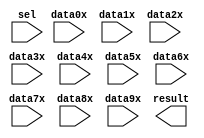
// megafunction wizard: %LPM_MUX%VBB%
// GENERATION: STANDARD
// VERSION: WM1.0
// MODULE: lpm_mux 

// ============================================================
// Megafunction Name(s):
// 			lpm_mux
//
// Simulation Library Files(s):
// 			lpm
// ============================================================
// ************************************************************
// THIS IS A WIZARD-GENERATED FILE. DO NOT EDIT THIS FILE!
//
// 8.1 Build 163 10/28/2008 SJ Full Version
// ************************************************************

//Copyright (C) 1991-2008 Altera Corporation
//Your use of Altera Corporation's design tools, logic functions 
//and other software and tools, and its AMPP partner logic 
//functions, and any output files from any of the foregoing 
//(including device programming or simulation files), and any 
//associated documentation or information are expressly subject 
//to the terms and conditions of the Altera Program License 
//Subscription Agreement, Altera MegaCore Function License 
//Agreement, or other applicable license agreement, including, 
//without limitation, that your use is for the sole purpose of 
//programming logic devices manufactured by Altera and sold by 
//Altera or its authorized distributors.  Please refer to the 
//applicable agreement for further details.

module lpm_mux0 (
	data0x,
	data1x,
	data2x,
	data3x,
	data4x,
	data5x,
	data6x,
	data7x,
	data8x,
	data9x,
	sel,
	result);

	input	[3:0]  data0x;
	input	[3:0]  data1x;
	input	[3:0]  data2x;
	input	[3:0]  data3x;
	input	[3:0]  data4x;
	input	[3:0]  data5x;
	input	[3:0]  data6x;
	input	[3:0]  data7x;
	input	[3:0]  data8x;
	input	[3:0]  data9x;
	input	[3:0]  sel;
	output	[3:0]  result;

endmodule

// ============================================================
// CNX file retrieval info
// ============================================================
// Retrieval info: PRIVATE: INTENDED_DEVICE_FAMILY STRING "FLEX10K"
// Retrieval info: PRIVATE: SYNTH_WRAPPER_GEN_POSTFIX STRING "0"
// Retrieval info: CONSTANT: LPM_SIZE NUMERIC "10"
// Retrieval info: CONSTANT: LPM_TYPE STRING "LPM_MUX"
// Retrieval info: CONSTANT: LPM_WIDTH NUMERIC "4"
// Retrieval info: CONSTANT: LPM_WIDTHS NUMERIC "4"
// Retrieval info: USED_PORT: data0x 0 0 4 0 INPUT NODEFVAL data0x[3..0]
// Retrieval info: USED_PORT: data1x 0 0 4 0 INPUT NODEFVAL data1x[3..0]
// Retrieval info: USED_PORT: data2x 0 0 4 0 INPUT NODEFVAL data2x[3..0]
// Retrieval info: USED_PORT: data3x 0 0 4 0 INPUT NODEFVAL data3x[3..0]
// Retrieval info: USED_PORT: data4x 0 0 4 0 INPUT NODEFVAL data4x[3..0]
// Retrieval info: USED_PORT: data5x 0 0 4 0 INPUT NODEFVAL data5x[3..0]
// Retrieval info: USED_PORT: data6x 0 0 4 0 INPUT NODEFVAL data6x[3..0]
// Retrieval info: USED_PORT: data7x 0 0 4 0 INPUT NODEFVAL data7x[3..0]
// Retrieval info: USED_PORT: data8x 0 0 4 0 INPUT NODEFVAL data8x[3..0]
// Retrieval info: USED_PORT: data9x 0 0 4 0 INPUT NODEFVAL data9x[3..0]
// Retrieval info: USED_PORT: result 0 0 4 0 OUTPUT NODEFVAL result[3..0]
// Retrieval info: USED_PORT: sel 0 0 4 0 INPUT NODEFVAL sel[3..0]
// Retrieval info: CONNECT: result 0 0 4 0 @result 0 0 4 0
// Retrieval info: CONNECT: @data 0 0 4 36 data9x 0 0 4 0
// Retrieval info: CONNECT: @data 0 0 4 32 data8x 0 0 4 0
// Retrieval info: CONNECT: @data 0 0 4 28 data7x 0 0 4 0
// Retrieval info: CONNECT: @data 0 0 4 24 data6x 0 0 4 0
// Retrieval info: CONNECT: @data 0 0 4 20 data5x 0 0 4 0
// Retrieval info: CONNECT: @data 0 0 4 16 data4x 0 0 4 0
// Retrieval info: CONNECT: @data 0 0 4 12 data3x 0 0 4 0
// Retrieval info: CONNECT: @data 0 0 4 8 data2x 0 0 4 0
// Retrieval info: CONNECT: @data 0 0 4 4 data1x 0 0 4 0
// Retrieval info: CONNECT: @data 0 0 4 0 data0x 0 0 4 0
// Retrieval info: CONNECT: @sel 0 0 4 0 sel 0 0 4 0
// Retrieval info: LIBRARY: lpm lpm.lpm_components.all
// Retrieval info: GEN_FILE: TYPE_NORMAL lpm_mux0.v TRUE
// Retrieval info: GEN_FILE: TYPE_NORMAL lpm_mux0.inc FALSE
// Retrieval info: GEN_FILE: TYPE_NORMAL lpm_mux0.cmp FALSE
// Retrieval info: GEN_FILE: TYPE_NORMAL lpm_mux0.bsf TRUE FALSE
// Retrieval info: GEN_FILE: TYPE_NORMAL lpm_mux0_inst.v FALSE
// Retrieval info: GEN_FILE: TYPE_NORMAL lpm_mux0_bb.v TRUE
// Retrieval info: LIB_FILE: lpm